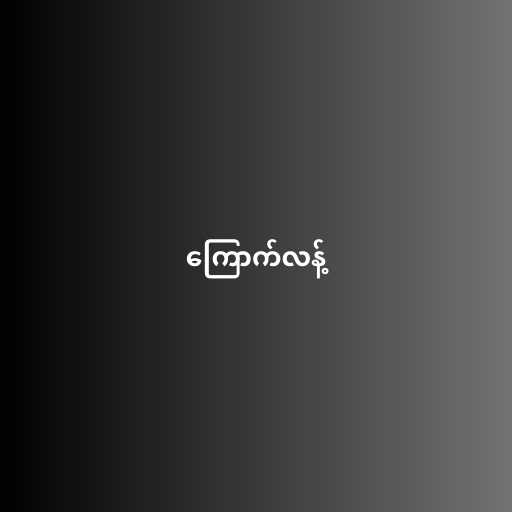
ကြောက်လန့်